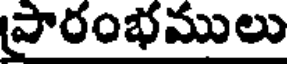
ప్రారంభములు